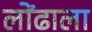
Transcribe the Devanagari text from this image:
लोंढाला